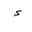
Letter: _hamza